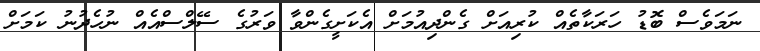
ނަމަވެސް ބޮޑު ހަރަކާތެއް ކުރިއަށް ގެންދިއުމަށް އެކަށީގެންވާ ވަރުގެ ސޭލްސްއެއް ނުހެދުނު ކަމަށް